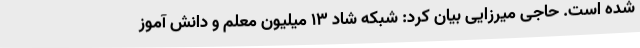
شده است. حاجی میرزایی بیان کرد: شبکه شاد 13 میلیون معلم و دانش آموز